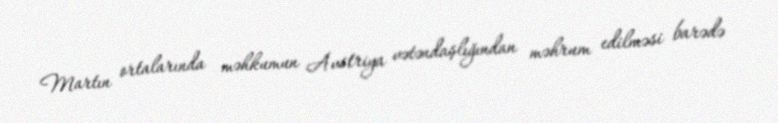
Martın ortalarında məhkumun Avstriya vətəndaşlığından məhrum edilməsi barədə